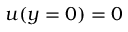
u ( y = 0 ) = 0